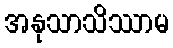
အနုသာသိဿာမ